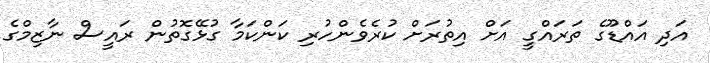
އަދި އައްޑޫގެ ތަރައްގީ އަށް އިތުރަށް ކުރެވެންހުރި ކަންކަމާ ގުޅޭގޮތުން ރައީސް ނާޒިމްގެ